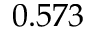
0 . 5 7 3